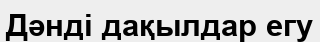
Дәнді дақылдар егу